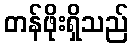
တန်ဖိုးရှိသည်